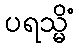
ပရသ္မိံ